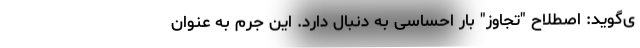
ی‌گوید: اصطلاح "تجاوز" بار احساسی به دنبال دارد. این جرم به عنوان